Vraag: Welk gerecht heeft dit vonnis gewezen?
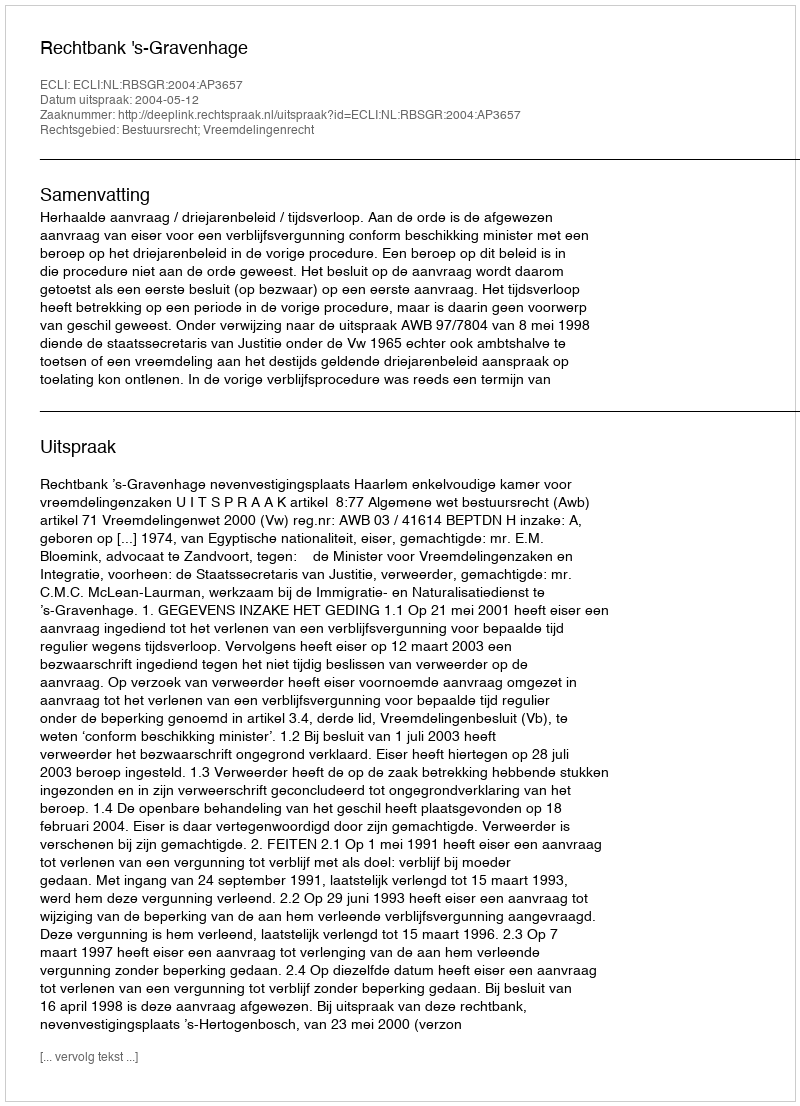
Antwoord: Rechtbank 's-Gravenhage